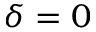
\delta = 0